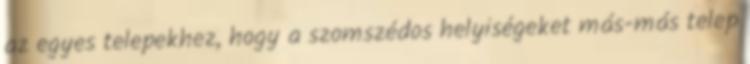
az egyes telepekhez, hogy a szomszédos helyiségeket más-más telep